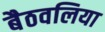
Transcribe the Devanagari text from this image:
बैठवलिया